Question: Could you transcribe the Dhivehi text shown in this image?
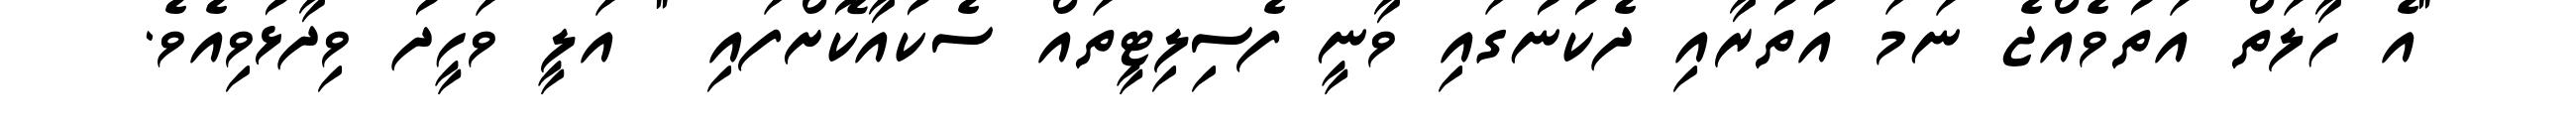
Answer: "އެ ހާލަތް އަތުވެއްޖެ ނަމަ އުތުރާއި ދެކުނުގައި ވާނީ ފެސިލިޓީތައް ސެކުއާކޮށްފައި " އަލީ ވަހީދު ވިދާޅުވިއެވެ.